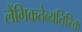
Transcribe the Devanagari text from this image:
लैंगिकतेव्यतिरिक्त